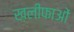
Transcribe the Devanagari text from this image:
ख़लीफाओं